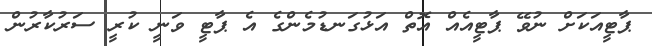
ޕާޓީއަކަށް ނުވޭ ޕާޓީއެއް އޮތް އަޅުގަނޑުމެންގެ އެ ޕާޓީ ވަނީ ކުރީ ސަރުކާރުން